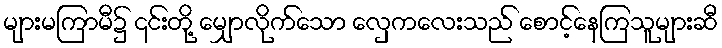
များမကြာမီ၌ ၎င်းတို့ မျှောလိုက်သော လှေကလေးသည် စောင့်နေကြသူများဆီ